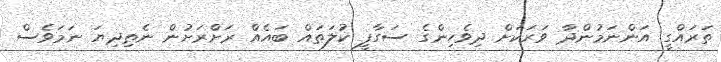
ތަރައްގީ އަންނަމުންދާ ވަރަކަށް ދިވެހިންގެ ސަގާފީ ކުލަތައް ބައެއް ރަށްރަށުން ނެތިދިޔަ ނަމަވެސް